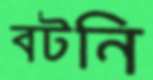
বটনি